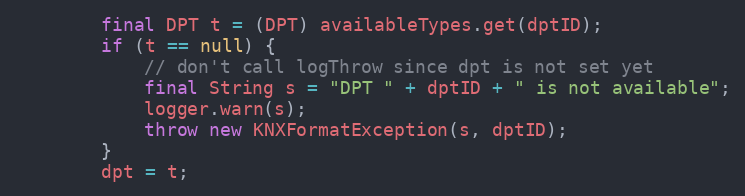
Language: Java
		final DPT t = (DPT) availableTypes.get(dptID);
		if (t == null) {
			// don't call logThrow since dpt is not set yet
			final String s = "DPT " + dptID + " is not available";
			logger.warn(s);
			throw new KNXFormatException(s, dptID);
		}
		dpt = t;